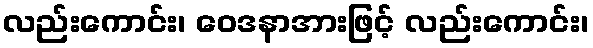
လည်းကောင်း၊ ဝေဒနာအားဖြင့် လည်းကောင်း၊